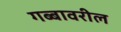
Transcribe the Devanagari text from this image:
गब्बावरील